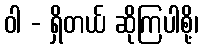
ဝါ - ရှိတယ် ဆိုကြပါစို့၊